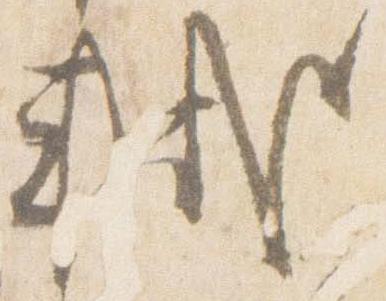
軾